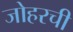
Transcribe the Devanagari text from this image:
जोहरची